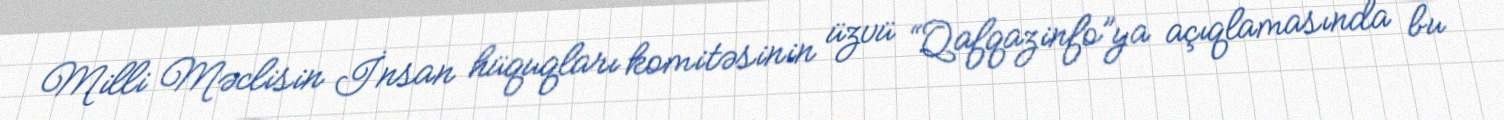
Milli Məclisin İnsan hüquqları komitəsinin üzvü “Qafqazinfo”ya açıqlamasında bu